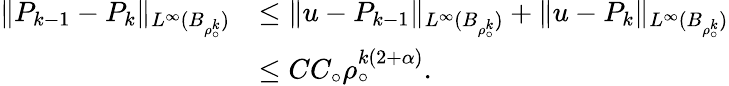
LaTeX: \begin{array}{rl}{\| P_{k-1}-P_{k}\| _{L^{\infty}(B_{\rho_{\circ}^{k}})}}&{\leq\| u-P_{k-1}\| _{L^{\infty}(B_{\rho_{\circ}^{k}})}+\| u-P_{k}\| _{L^{\infty}(B_{\rho_{\circ}^{k}})}}\\ &{\leq CC_{\circ}\rho_{\circ}^{k(2+\alpha)}.}\end{array}